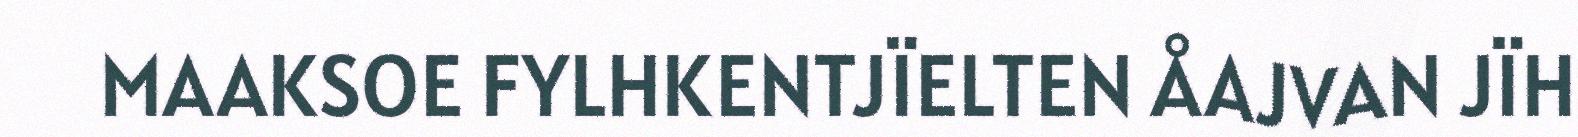
MAAKSOE FYLHKENTJÏELTEN ÅAJVAN JÏH